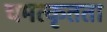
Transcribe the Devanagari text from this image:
चमत्कृतता